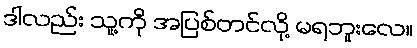
ဒါလည်း သူ့ကို အပြစ်တင်လို့ မရဘူးလေ။